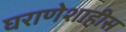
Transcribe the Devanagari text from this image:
घराणेशाहीस